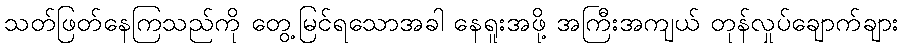
သတ်ဖြတ်နေကြသည်ကို တွေ့မြင်ရသောအခါ နေရူးအဖို့ အကြီးအကျယ် တုန်လှုပ်ချောက်ချား